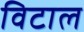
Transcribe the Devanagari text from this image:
विटाल